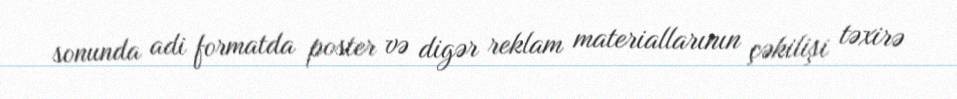
sonunda adi formatda poster və digər reklam materiallarının çəkilişi təxirə